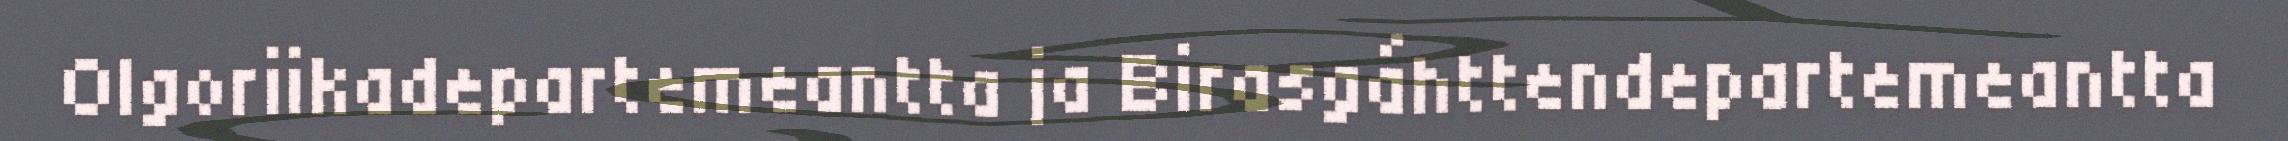
Olgoriikadepartemeantta ja Birasgáhttendepartemeantta